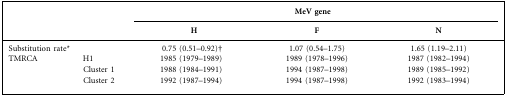
| <COLSPAN=2>  | <COLSPAN=3> MeV gene |
 |  |  | H | F | N |
 | --- | --- | --- | --- | --- |
 | <COLSPAN=2> Substitution rate* | 0.75 (0.51–0.92)† | 1.07 (0.54–1.75) | 1.65 (1.19–2.11) |
 | TMRCA | H1 | 1985 (1979–1989) | 1989 (1978–1996) | 1987 (1982–1994) |
 |  | Cluster 1 | 1988 (1984–1991) | 1994 (1987–1998) | 1989 (1985–1992) |
 |  | Cluster 2 | 1992 (1987–1994) | 1994 (1987–1998) | 1992 (1983–1994) |